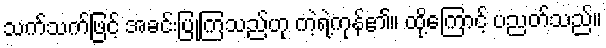
သက်သက်ဖြင့် အခင်းပြုကြသည်ဟု ကဲ့ရဲ့ကုန်၏။ ထို့ကြောင့် ပညတ်သည်။